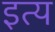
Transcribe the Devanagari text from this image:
इत्य